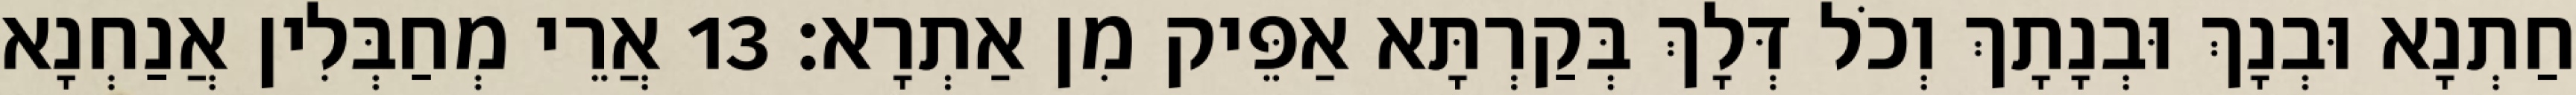
חַתְנָא וּבְנָךְ וּבְנָתָךְ וְכֹל דְּלָךְ בְּקַרְתָּא אַפֵּיק מִן אַתְרָא׃ 13 אֲרֵי מְחַבְּלִין אֲנַחְנָא